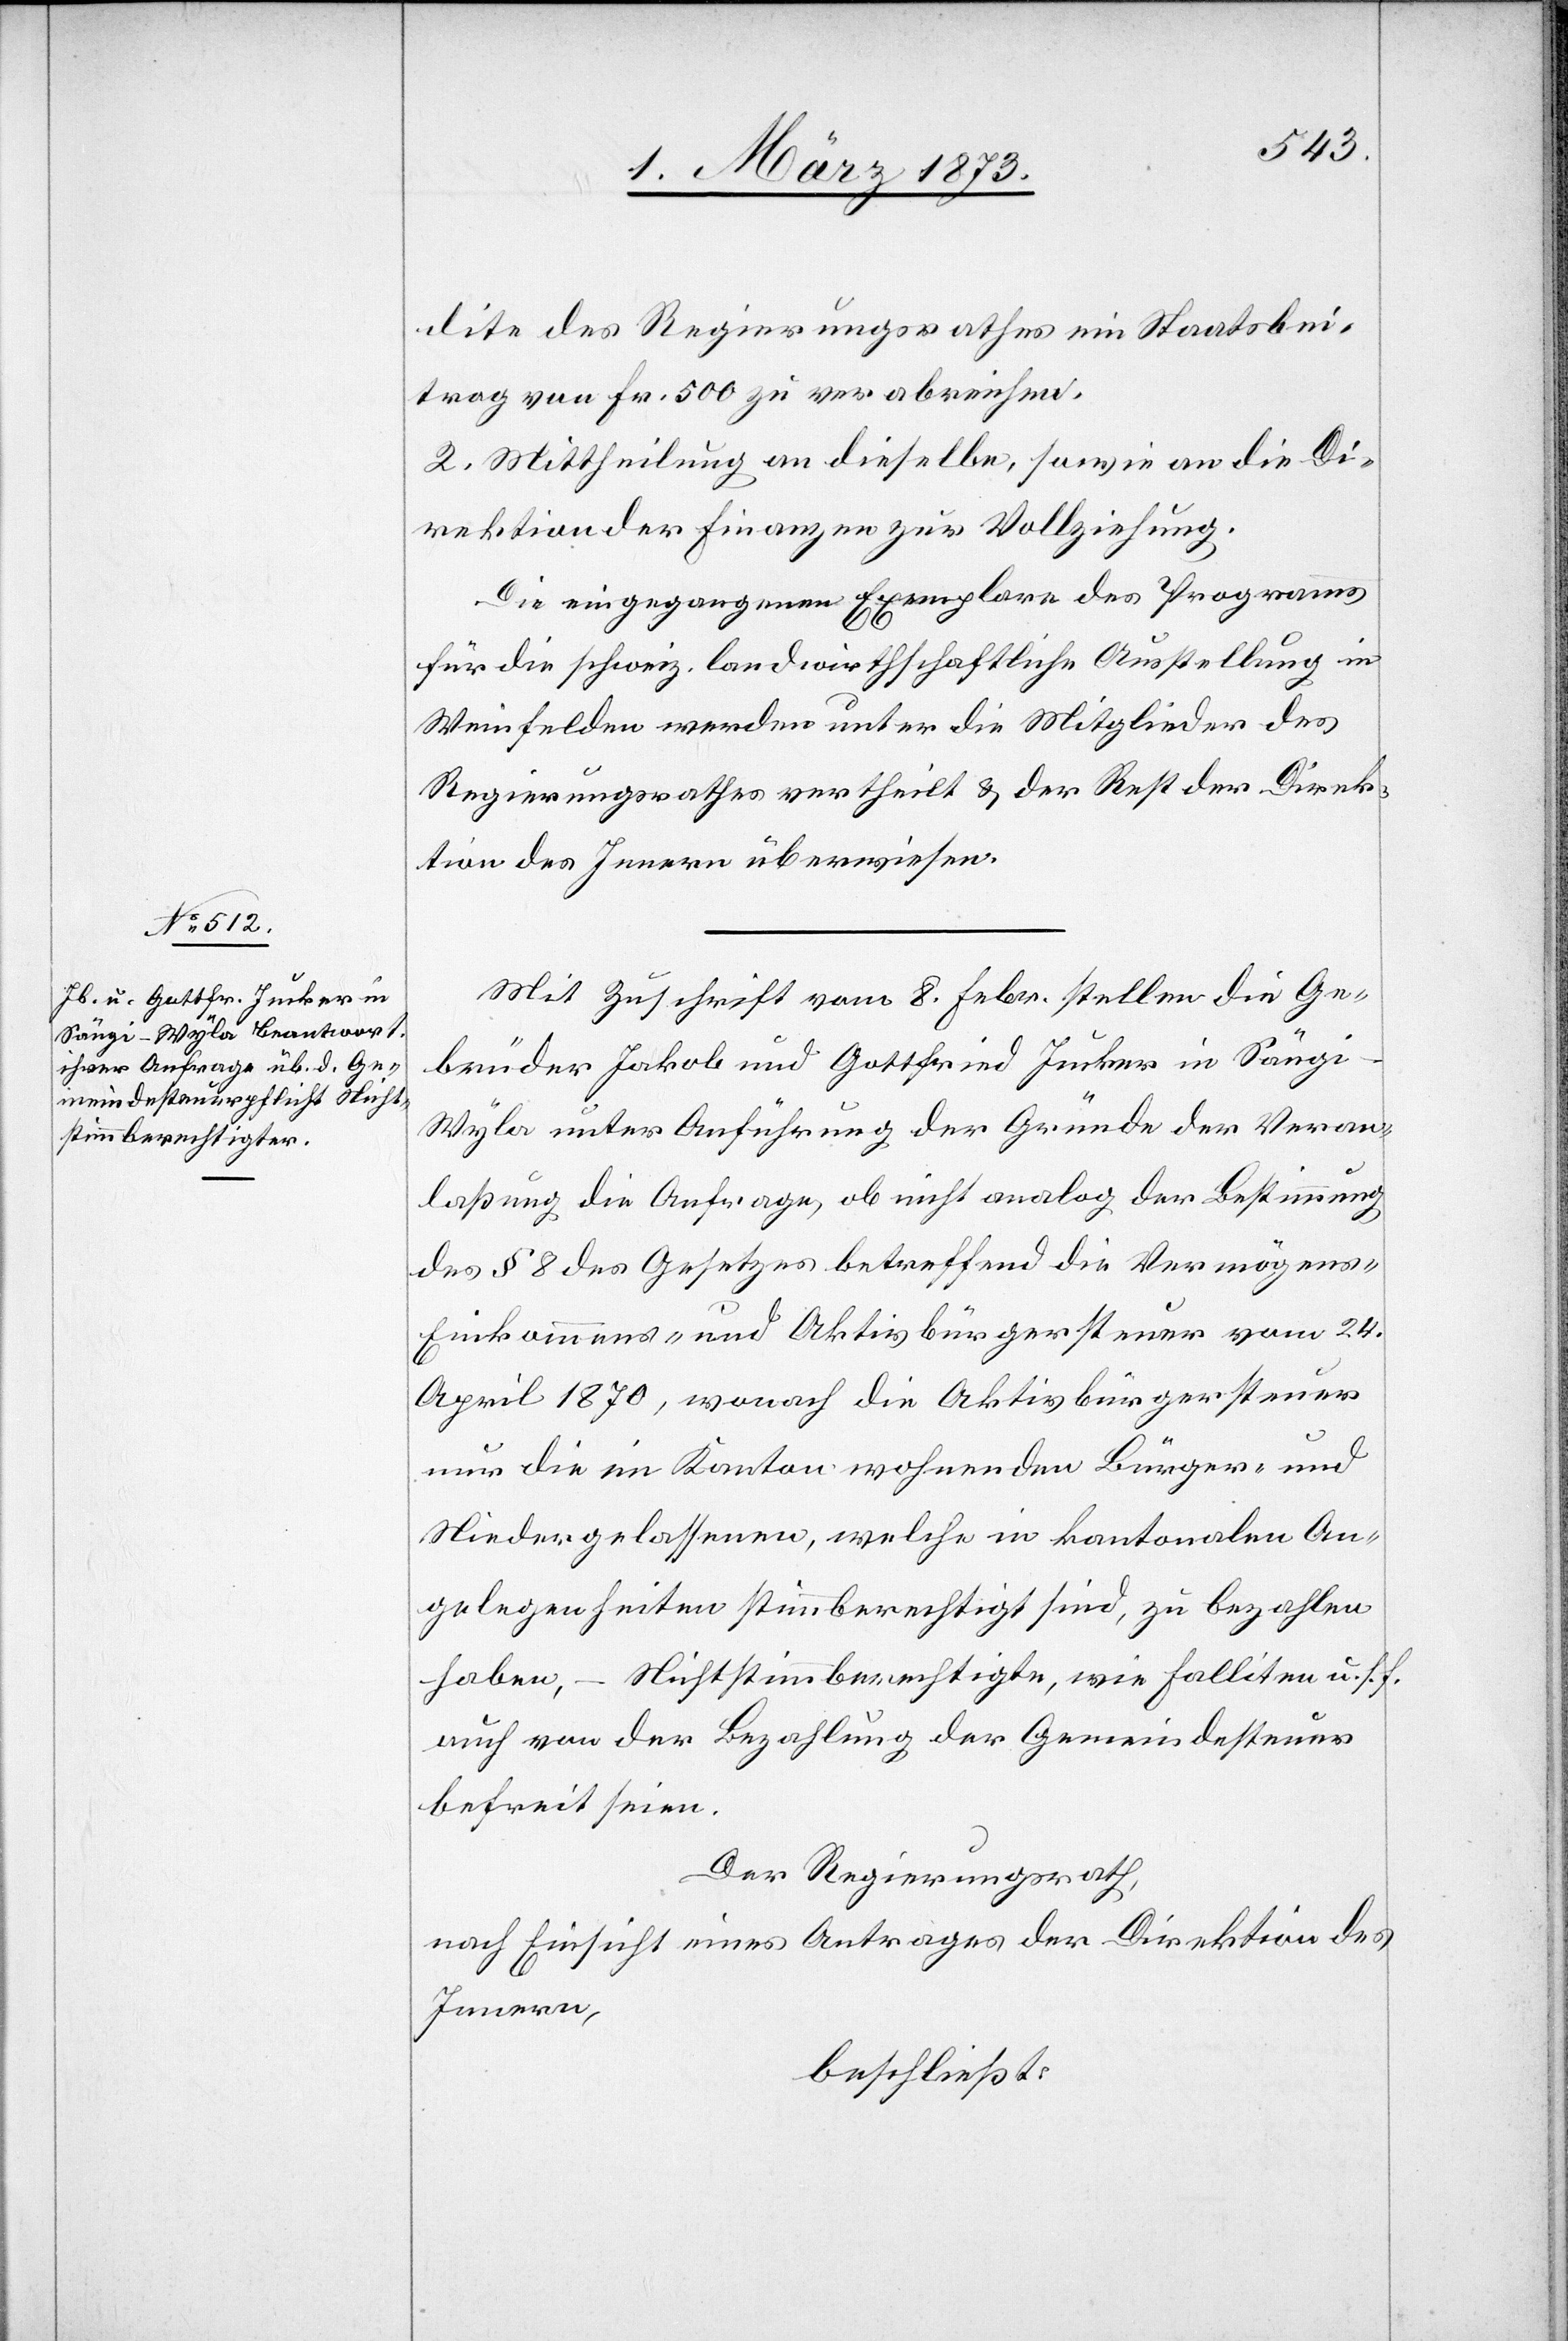
dite des Regierungsrathes ein Staatsbei¬
trag von Fr. 500 zu verabreichen.
2. Mittheilung an dieselbe, sowie an die Di¬
rektion der Finanzen zur Vollziehung.
Die eingegangenen Exemplare des Programms
für die schweiz. landwirthschaftliche Ausstellung in
Weinfelden werden unter die Mitglieder des
Regierungsrathes vertheilt u. der Rest der Direk¬
tion des Innern überwiesen.
Mit Zuschrift vom 8. Febr. stellen die Ge¬
brüder Jakob und Gottfried Jucker in Säng¬
i-Wyla unter Anführung der Gründe der Veran¬
laßung die Anfrage, ob nicht analog der Bestimmung
des § 8 des Gesetzes betreffend die Vermögens-[,]
Einkommens- und Aktivbürgersteuer vom 24.
April 1870, wonach die Aktivbürgersteuer
nur die im Kanton wohnenden Bürger- und
Niedergelassenen, welche in kantonalen An¬
gelegenheiten stimmberechtigt sind, zu bezahlen
haben, – Nichtstimmberechtigte, wie Falliten u. s. f.
auch von der Bezahlung der Gemeindesteuer
befreit seien.
Der Regierungsrath,
nach Einsicht eines Antrages der Direktion des
Innern,
beschließt: